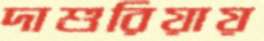
দাশুরিয়ায়